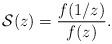
LaTeX: \begin{align*}{\mathcal S}(z)=\frac{f(1/z)}{f(z)}.\end{align*}